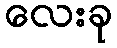
လေးခု